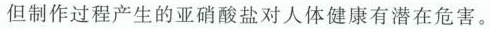
但制作过程产生的亚硝酸盐对人体健康有潜在危害。